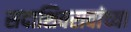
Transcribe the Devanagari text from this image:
सदाशिवरावांच्या